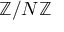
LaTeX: \mathbb { Z } / N \mathbb { Z }